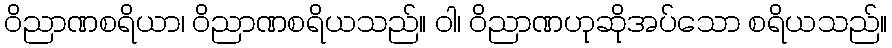
ဝိညာဏစရိယာ၊ ဝိညာဏစရိယသည်။ ဝါ၊ ဝိညာဏဟုဆိုအပ်သော စရိယသည်။